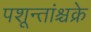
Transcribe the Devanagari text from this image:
पशून्तांश्चक्रे